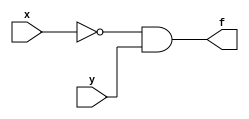
/**************************
and structural
***************************/
module and_struct(x,y,f);
  input x,y;
  output f;
  wire a;

  not(a,x);
  and(f,a,y);
endmodule